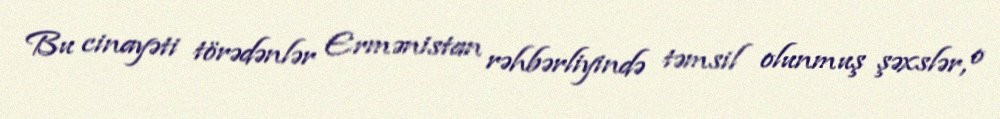
Bu cinayəti törədənlər Ermənistan rəhbərliyində təmsil olunmuş şəxslər, o